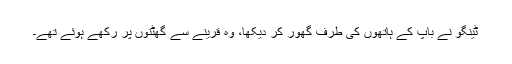
ٹینگو نے باپ کے ہاتھوں کی طرف گھور کر دیکھا، وہ قرینے سے گھٹنوں پر رکھے ہوئے تھے۔